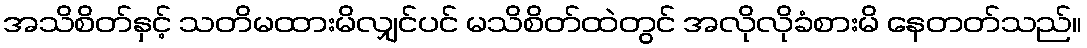
အသိစိတ်နှင့် သတိမထားမိလျှင်ပင် မသိစိတ်ထဲတွင် အလိုလိုခံစားမိ နေတတ်သည်။